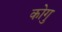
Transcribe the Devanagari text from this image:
कोगु